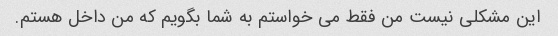
این مشکلی نیست من فقط می خواستم به شما بگویم که من داخل هستم.